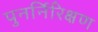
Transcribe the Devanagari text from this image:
पुनर्निरिक्षण